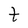
Character: t